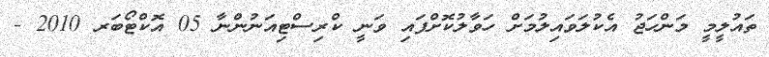
ތައުލީމީ މަންހަޖު އެކުލަވައިލުމަށް ހަވާލުކޮށްފައި ވަނީ ކްރިސްޓިއަނުންނާ 05 އޮކްޓޯބަރ 2010 -